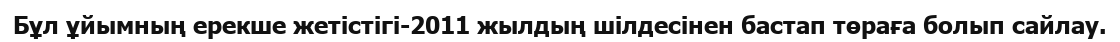
Бұл ұйымның ерекше жетістігі-2011 жылдың шілдесінен бастап төраға болып сайлау.